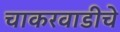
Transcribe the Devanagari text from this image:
चाकरवाडीचे